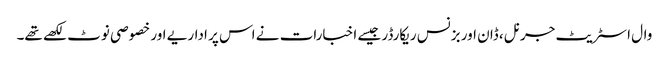
وال اسٹریٹ جرنل، ڈان اور بزنس ریکارڈر جیسے اخبارات نے اس پر اداریے اور خصوصی نوٹ لکھے تھے۔